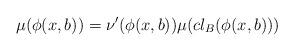
LaTeX: \begin{align*}\mu(\phi(x, b)) = \nu'(\phi(x, b)) \mu(cl_B(\phi(x, b)))\end{align*}